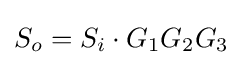
S_{o}=S_{i}\cdot G_{1}G_{2}G_{3}